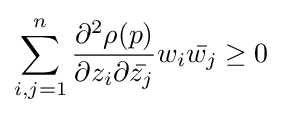
\sum _{i,j=1}^{n}{\frac {\partial ^{2}\rho (p)}{\partial z_{i}\partial {\bar {z_{j}}}}}w_{i}{\bar {w_{j}}}\geq 0